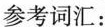
参考词汇：